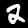
Digit: 2